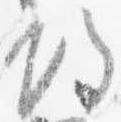
帰